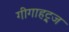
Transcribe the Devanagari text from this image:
गीगाहट्र्ज